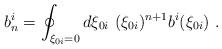
LaTeX: \begin{align*}b_n^i=\oint _{\xi _{0i}=0}d\xi _{0i}\ (\xi _{0i})^{n+1}b^i(\xi _{0i})\ .\end{align*}